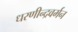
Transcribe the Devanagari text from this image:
धरणीन्द्रवर्मन